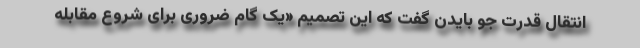
انتقال قدرت جو بایدن گفت که این تصمیم «یک گام ضروری برای شروع مقابله